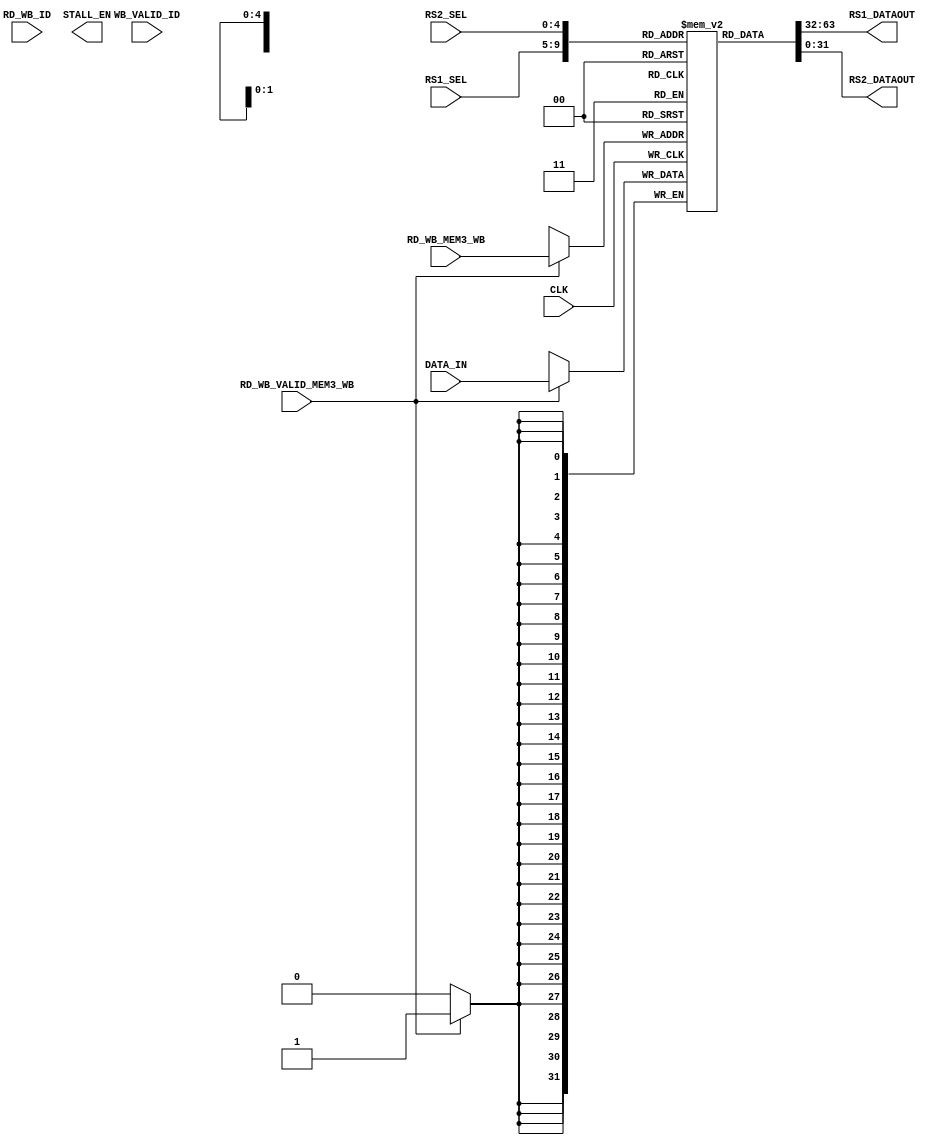
`timescale 1ns / 1ps
//////////////////////////////////////////////////////////////////////////////////
// Company: 
// 
// Design Name: 
// Module Name: REG_ARRAY
// Project Name: 
// Target Devices: 
// Tool Versions: 
// Description: 
// 
// Dependencies: 
// 
// Revision:
// Revision 0.01 - File Created
// Additional Comments:
// 
//////////////////////////////////////////////////////////////////////////////////


module REG_ARRAY(
    input [31:0] DATA_IN,
    input [4:0] RS1_SEL,
    input [4:0] RS2_SEL,
    input CLK,
    input RD_WB_VALID_MEM3_WB,
    input [4:0] RD_WB_MEM3_WB,         // register which is written back to  
    input WB_VALID_ID,
    input [4:0] RD_WB_ID,    
    output [31:0] RS1_DATAOUT,
    output [31:0] RS2_DATAOUT,
    output STALL_EN
    );
    
    reg [31:0] REGISTER [0:31];
    reg REG_STATE [0:31];       // to check wether the register write back is still in pipeline
    reg [31:0] RS1_DATAOUT_L;
    reg [31:0] RS2_DATAOUT_L;
    reg STALL_EN_L;
    
    integer i;
    initial
    begin
        for(i=0;i<32;i=i+1)
        begin
        if(i==2)
            REGISTER[i] = 32'd1024;
        else
            REGISTER[i] = 32'd0;
        REG_STATE[i] = 1'b0;
        end
    end
 
   
    always@(*)
    begin
        RS1_DATAOUT_L = REGISTER[RS1_SEL];
        RS2_DATAOUT_L = REGISTER[RS2_SEL];
    end
    
    always@(posedge CLK)
    begin
        if(RD_WB_VALID_MEM3_WB)
        begin
            REGISTER[RD_WB_MEM3_WB] <= DATA_IN;
        end
        

    end
    
    assign RS1_DATAOUT = RS1_DATAOUT_L;
    assign RS2_DATAOUT = RS2_DATAOUT_L;
endmodule